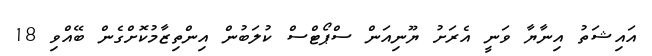
އައިޝަތު އިނާޔާ ވަނީ އެރަށު ޔޫނިއަން ސްޕޯޓްސް ކުލަބުން އިންތިޒާމުކޮށްގެން ބޭއްވި 18